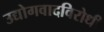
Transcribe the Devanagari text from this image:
उद्योगवादविरोधी